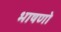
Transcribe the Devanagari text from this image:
भाषणो